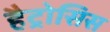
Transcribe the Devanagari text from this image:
हैट्रोसिस